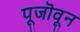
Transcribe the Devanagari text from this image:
पूजॊवून